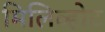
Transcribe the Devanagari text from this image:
मिलिव्होट